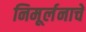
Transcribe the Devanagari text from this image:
निमूर्लनाचे